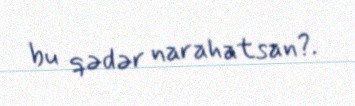
bu qədər narahatsan?.